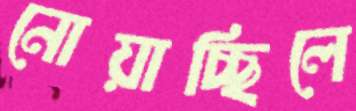
নোয়াচ্ছিলে